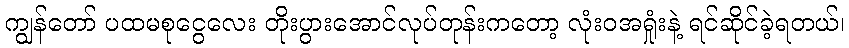
ကျွန်တော် ပထမစုငွေလေး တိုးပွားအောင်လုပ်တုန်းကတော့ လုံးဝအရှုံးနဲ့ ရင်ဆိုင်ခဲ့ရတယ်၊